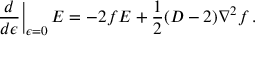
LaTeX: \left. \frac { d } { d \epsilon } \right| _ { \epsilon = 0 } E = - 2 f E + \frac 1 2 ( D - 2 ) \nabla ^ { 2 } f \, .